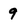
Character: 9